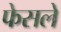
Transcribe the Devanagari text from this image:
फेसले